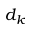
d _ { k }